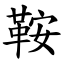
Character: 鞍